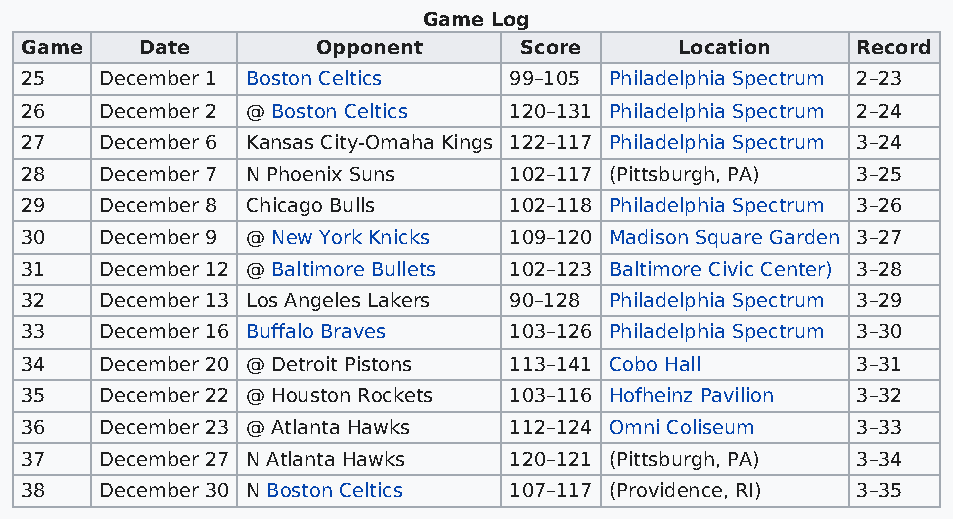
Game Log
 Game    Date        Opponent     Score      Location    Record
 25    December 1 Boston Celtics  99–105 Philadelphia Spectrum 2–23
 26    December 2 @ Boston Celtics 120–131 Philadelphia Spectrum 2–24
 27    December 6 Kansas City-Omaha Kings 122–117 Philadelphia Spectrum 3–24
 28    December 7 N Phoenix Suns  102–117 (Pittsburgh, PA) 3–25
 29    December 8 Chicago Bulls   102–118 Philadelphia Spectrum 3–26
 30    December 9 @ New York Knicks 109–120 Madison Square Garden 3–27
 31    December 12 @ Baltimore Bullets 102–123 Baltimore Civic Center) 3–28
 32    December 13 Los Angeles Lakers 90–128 Philadelphia Spectrum 3–29
 33    December 16 Buffalo Braves 103–126 Philadelphia Spectrum 3–30
 34    December 20 @ Detroit Pistons 113–141 Cobo Hall   3–31
 35    December 22 @ Houston Rockets 103–116 Hofheinz Pavilion 3–32
 36    December 23 @ Atlanta Hawks 112–124 Omni Coliseum 3–33
 37    December 27 N Atlanta Hawks 120–121 (Pittsburgh, PA) 3–34
 38    December 30 N Boston Celtics 107–117 (Providence, RI) 3–35